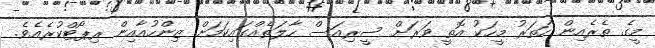
މީގެ ތެރެއިން ހަތަރު މީހަކު އޮތީ ވަރަށް ސީރިއަސް ހާލަތެއްގައިކަމަށް ޒިންހުއާއިން ރިޕޯޓްކުރެއެވެ.